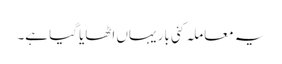
یہ معاملہ کئی بار یہاں اٹھایا گیا ہے۔